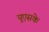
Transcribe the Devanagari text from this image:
यूएसके